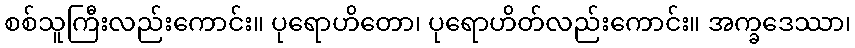
စစ်သူကြီးလည်းကောင်း။ ပုရောဟိတော၊ ပုရောဟိတ်လည်းကောင်း။ အက္ခဒေဿာ၊